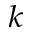
_ k